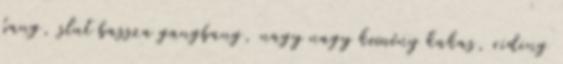
bang, slut bassza gangbang, nagy nagy kemény kakas, riding